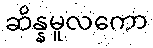
ဆိန္နမူလကော